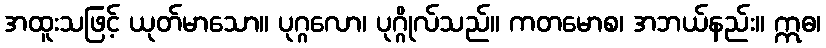
အထူးသဖြင့် ယုတ်မာသော။ ပုဂ္ဂလော၊ ပုဂ္ဂိုလ်သည်။ ကတမောစ၊ အဘယ်နည်း။ ဣဓ၊